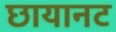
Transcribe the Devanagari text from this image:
छायानट